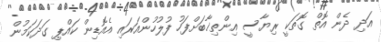
އަދި ދެން އޮތް ގޮތަކީ ރިޔާސީ އިންތިޚާބަށްފަހު ފުލުހުންއަރައި އެއޮޑިން ކައްޕި ގަދަކަމުން